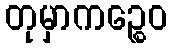
တုမှာကဉ္စေဝ